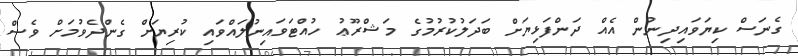
ގެނަސް ކިޔަވައިދިނުން އެއް ދަންފަޅިޔަށް ބަދަލުކުރުމުގެ މަޝްރޫޢު ހުއްޓަވައިނުލައްވައި ކުރިޔަށް ގެންދެވުމަށް ވެސް